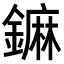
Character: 𨬈